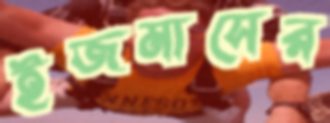
ইজমাসের